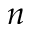
n